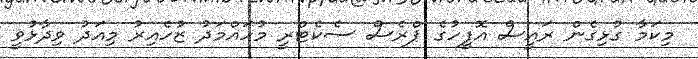
މިކަމާ ގުޅިގެން ރައީސް އޮފީހުގެ ޕްރެސް ސެކެޓްރީ މުހައްމަދު ޒުހެއިރު މިއަދު ވިދާޅުވީ